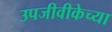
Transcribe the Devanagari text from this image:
उपजीवीकेच्या